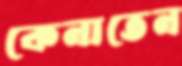
কেনাতেন